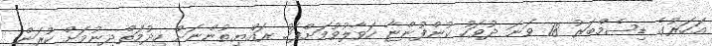
އަހަރުގެ ޑިސެމްބަރު 18 ވަނަ ދުވަހު ކުންފުންޏާ ހަވާލުވުމަށްފަހު ރައްޔިތުންނަށް ހިދުމަތްދިނުމަށް ކުރަން